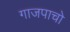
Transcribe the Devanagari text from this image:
गाजपाचो